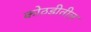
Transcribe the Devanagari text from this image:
कोठडीतील